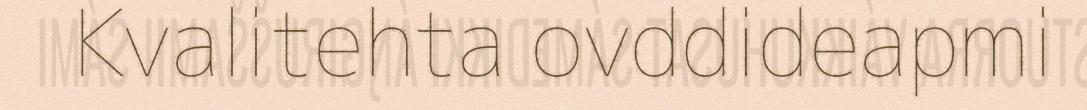
Kvalitehta ovddideapmi